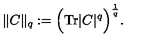
\| C \| _ { q } : = \Big ( \mathrm { T r } | C | ^ { q } \Big ) ^ { \frac { 1 } { q } } .